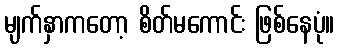
မျက်နှာကတော့ စိတ်မကောင်း ဖြစ်နေပုံ။